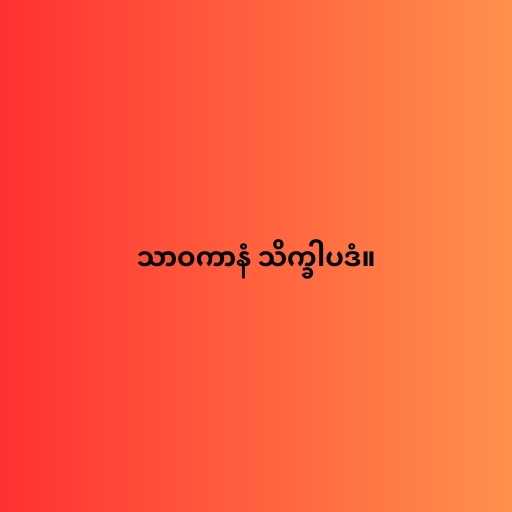
သာဝကာနံ သိက္ခါပဒံ။